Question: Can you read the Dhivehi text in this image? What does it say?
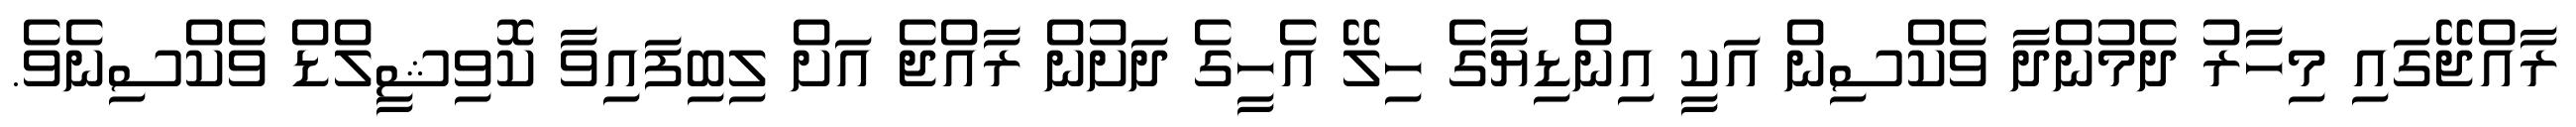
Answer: ރާއްޖޭގައި މިހާރު ދެމުންދާ ވެކްސިން އަކީ އިންޑިޔާގެ ހިލޭ އެހީގެ ދަށުން ރާއްޖެ އަށް ލިބިފައިވާ ކޮވިޝީލްޑް ވެކްސިނެވެ.